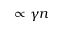
\propto \gamma n